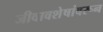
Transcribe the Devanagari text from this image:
जीवावशेषांवरून